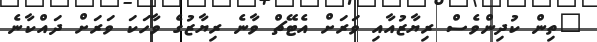
"ތިން ކުދިންވެސް ރިޔާޒުއާއި ވަރަށް އެޓޭޗް ވާނެ ރިޔާޒުގެ ވާހަކަ ވަރަށް ދައްކާނެ